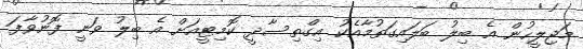
މަޖިލީހުން އެ ބިލު ބަލައިގަތުމާއެކު އިގްތިސާދީ ކޮމިޓީއަށް އެ ބިލު ވަނީ ފޮނުވާފަ